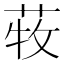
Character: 𦱒